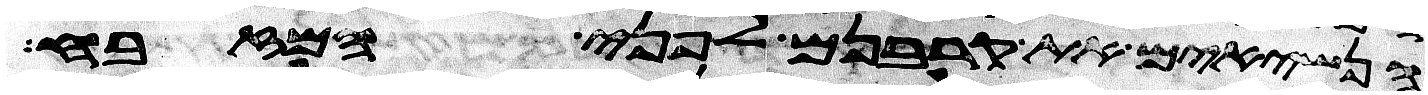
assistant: הנשיאים את קרבנם לפני המזבח